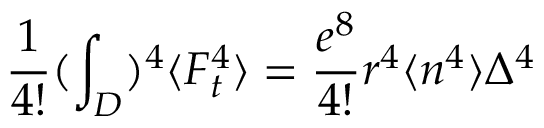
\frac { 1 } { 4 ! } ( \int _ { D } ) ^ { 4 } \langle F _ { t } ^ { 4 } \rangle = \frac { e ^ { 8 } } { 4 ! } r ^ { 4 } \langle n ^ { 4 } \rangle \Delta ^ { 4 }